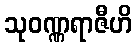
သုဝဏ္ဏရာဇီဟိ